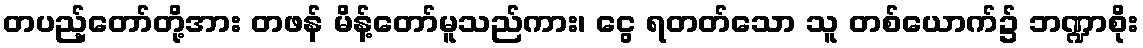
တပည့်တော်တို့အား တဖန် မိန့်တော်မူသည်ကား၊ ငွေ ရတတ်သော သူ တစ်ယောက်၌ ဘဏ္ဍာစိုး